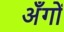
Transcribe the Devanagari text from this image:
अँगों